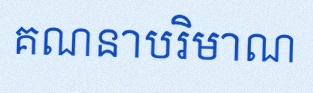
គណនាបរិមាណ